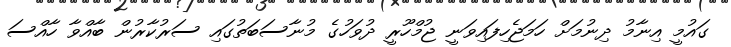
ގައުމީ އިނާމު ދިނުމަށް ހަމަޖެހިފައިވަނީ ޖުމްހޫރީ ދުވަހުގެ މުނާސަބަތުގައި ސަރުކާރުން ބާއްވާ ހާއްްސަ